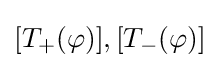
[T_{+}(\varphi )],[T_{-}(\varphi )]